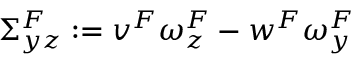
\Sigma _ { y z } ^ { F } : = v ^ { F } \omega _ { z } ^ { F } - w ^ { F } \omega _ { y } ^ { F }